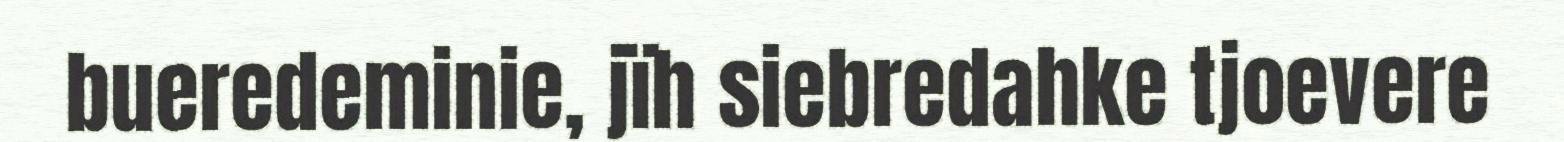
bueredeminie, jïh siebredahke tjoevere